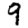
Digit: 9